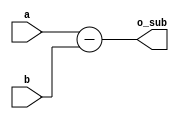
module sub(a,b,o_sub);

input [15:0] a, b;
output [15:0] o_sub;
assign o_sub = a - b;

endmodule